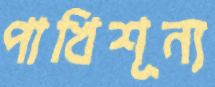
পাখিশূন্য